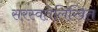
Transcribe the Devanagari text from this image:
सरस्वतेलिखित